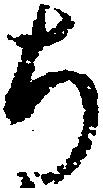
ち